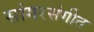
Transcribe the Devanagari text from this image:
सांगरसंगीत